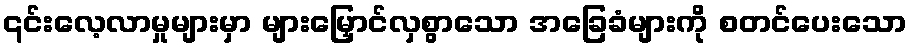
၎င်းလေ့လာမှုများမှာ များမြှောင်လှစွာသော အခြေခံများကို စတင်ပေးသော